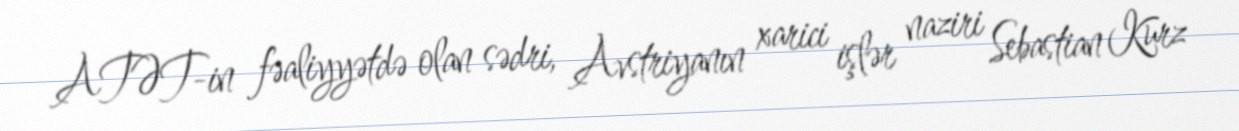
ATƏT-in fəaliyyətdə olan sədri, Avstriyanın xarici işlər naziri Sebastian Kurz